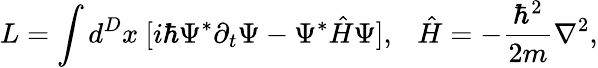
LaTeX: L=\int d^{D}x~[i\hbar\Psi^{*}\partial_{t}\Psi-\Psi^{*}\hat{H}\Psi],~~~\hat{H}=-\frac{\hbar^{2}}{2m}\nabla^{2},